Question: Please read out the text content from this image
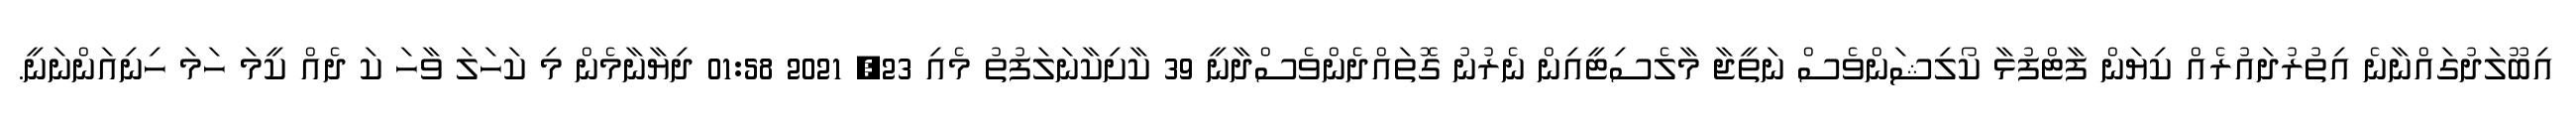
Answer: އިބޫލަދުގައްނާނެ އިތުރުދައުރެއް ކިޔަން ފާޓްފުޅާ ކޯލިޝަންވެސް ނަތީޖާ މާލެސިޓީއިން ނެރުނު ގޮތައްދެންވެސްދާނީ 39 ކާށިކާނަލަފުތު މެއި 23, 2021 01:58 ދިޔާނާމެން މި ކަހަލަ ވާހަ ކަ ދެއް ކީމަ ހަމަ ހިނިއަންނަނީ.